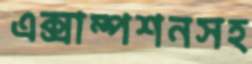
এক্সাম্পশনসহ